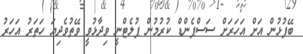
ބޭފުޅުން އަށް އަހަރަށް ސަސްޕެންޑް ކުރުމުން ޕުލެޓްނީ ވިދާޅުވީ ވޭތުވެދިޔަ ހަތަރު އަހަރު